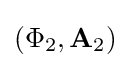
(\Phi _{2},{\mathbf {A} _{2}})